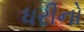
ધરીનો